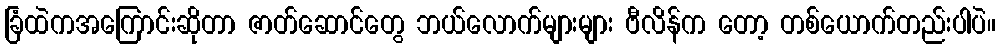
ခြံထဲကအကြောင်းဆိုတာ ဇာတ်ဆောင်တွေ ဘယ်လောက်များများ ဗီလိန်က တော့ တစ်ယောက်တည်းပါပဲ။